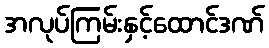
အလုပ်ကြမ်းနှင့်ထောင်ဒဏ်